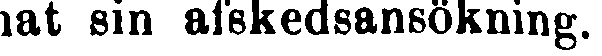
nat sin afskedsansökning.